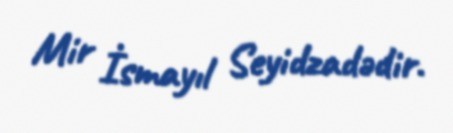
Mir İsmayıl Seyidzadədir.